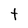
Character: t